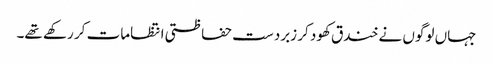
جہاں لوگوں نے خندق کھود کر زبردست حفاظتی انتظامات کر رکھے تھے۔